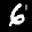
Label: 6